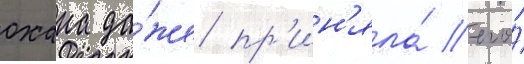
охана да́же пр'ин'яла́ его́